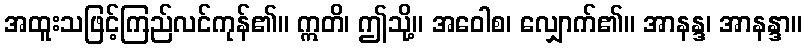
အထူးသဖြင့်ကြည်လင်ကုန်၏။ ဣတိ၊ ဤသို့။ အဝေါစ၊ လျှောက်၏။ အာနန္ဒ၊ အာနန္ဒာ။